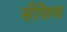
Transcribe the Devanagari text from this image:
सेंसिस